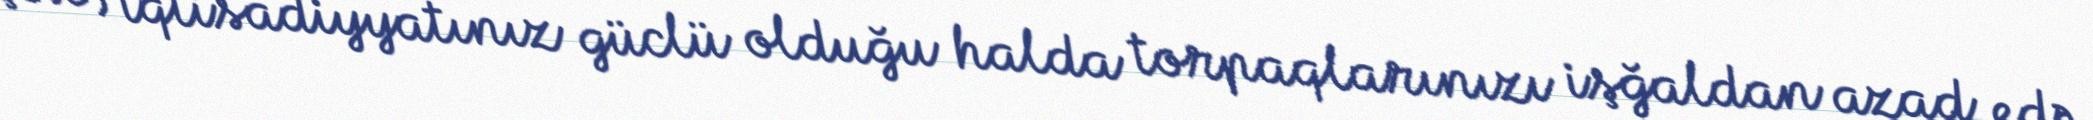
çox, iqtisadiyyatınız güclü olduğu halda torpaqlarınızı işğaldan azad edə